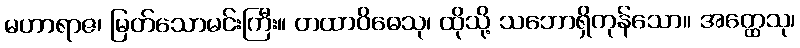
မဟာရာဇ၊ မြတ်သောမင်းကြီး။ တထာဝိဓေသု၊ ထိုသို့ သဘောရှိကုန်သော။ အတ္ထေသု၊